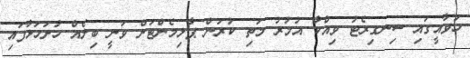
ހަވާއީގައި ސިނގިރެޓު ވިއްކާ އުމުރު މަތި ކުރަން ޕާލިމެންޓަށް ވަނީ ބިލެއް ހުށަހަޅާފައި